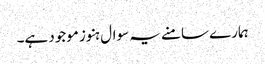
ہمارے سامنے یہ سوال ہنوز موجود ہے۔